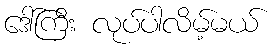
ဒေါ်ကြီး လုပ်ပါလိမ့်မယ်